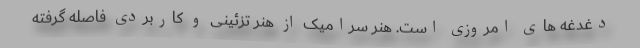
دغدغه های امروزی است. هنر سرامیک از هنر تزئینی و کاربردی فاصله گرفته